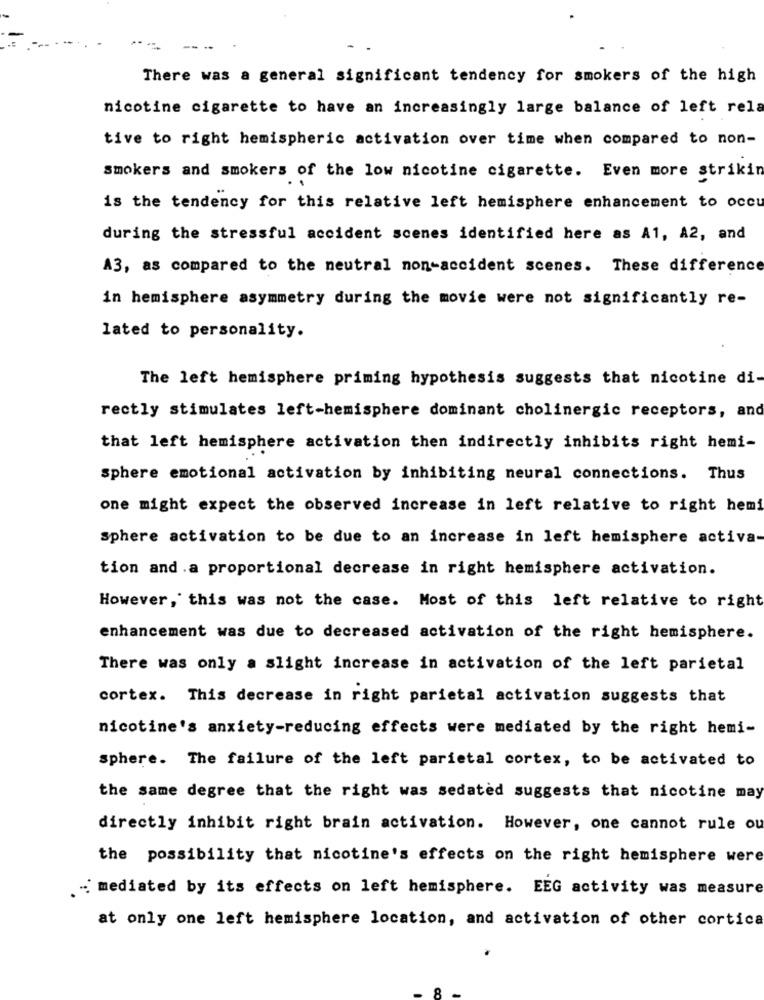
There was a general significant tendency for smokers of the high
nicotine cigarette to have an increasingly large balance of left rela
tive to right hemispheric activation over time when compared to non-
smokers and smokers of the low nicotine cigarette. Even more strikin
is the tendency for this relative left hemisphere enhancement to occu
during the stressful accident scenes identified here as A1, A2, and
A3, as compared to the neutral non-accident scenes. These difference
in hemisphere asymmetry during the movie were not significantly re-
lated to personality.
The left hemisphere priming hypothesis suggests that nicotine di-
rectly stimulates left-hemisphere dominant cholinergic receptors, and
that left hemisphere activation then indirectly inhibits right hemi-
sphere emotional activation by inhibiting neural connections. Thus
one might expect the observed increase in left relative to right hem
sphere activation to be due to an increase in left hemisphere activa-
tion and .a proportional decrease in right hemisphere activation.
However, this was not the case. Most of this left relative to right
enhancement was due to decreased activation of the right hemisphere.
There was only a slight increase in activation of the left parietal
cortex. This decrease in right parietal activation suggests that
nicotine's anxiety-reducing effects were mediated by the right hemi-
sphere. The failure of the left parietal cortex, to be activated to
the same degree that the right was sedated suggests that nicotine may
directly inhibit right brain activation. However, one cannot rule ou
the possibility that nicotine's effects on the right hemisphere were
-- mediated by its effects on left hemisphere. EEG activity was measure
at only one left hemisphere location, and activation of other cortica